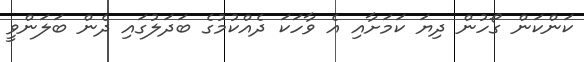
ކަންކަން ގޯހުން ދިޔަ ކަމަށާއި އެ ވާހަކަ ދެއްކުމުގެ ބަދަލުގައި ދެން ބަލަންވީ